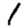
Digit: 1